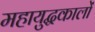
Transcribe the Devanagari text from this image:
महायुद्धकालों